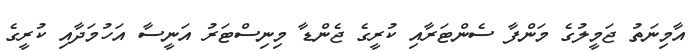
އާމިނަތު ޖަމީލުގެ މަންފާ ސެންޓަރާއި ކުރީގެ ޖެންޑާ މިނިސްޓަރު އަނީސާ އަހުމަދާއި ކުރީގެ